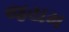
જયમ